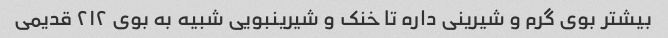
بیشتر بوی گرم و شیرینی داره تا خنک و شیرینبویی شبیه به بوی ۲۱۲ قدیمی